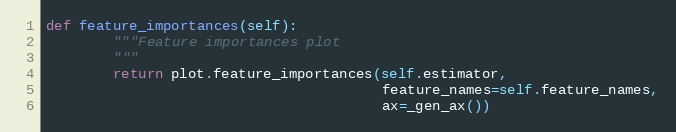
Language: Python
def feature_importances(self):
        """Feature importances plot
        """
        return plot.feature_importances(self.estimator,
                                        feature_names=self.feature_names,
                                        ax=_gen_ax())